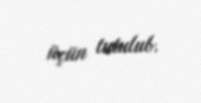
üçün tutulub.